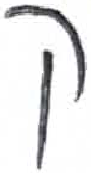
אות: ק